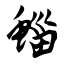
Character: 鲻